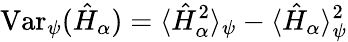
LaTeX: \mathrm{Var}_{\psi}(\hat{H}_{\alpha})=\langle\hat{H}_{\alpha}^{2}\rangle_{\psi}-\langle\hat{H}_{\alpha}\rangle_{\psi}^{2}